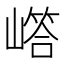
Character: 𡼪